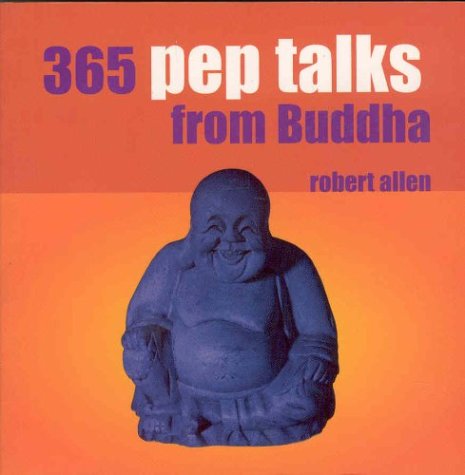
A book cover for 365 Pep Talks from Buddha; Robert Allen; Teen & Young Adult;